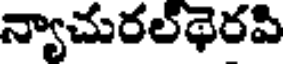
న్యాచురల్థెరపి